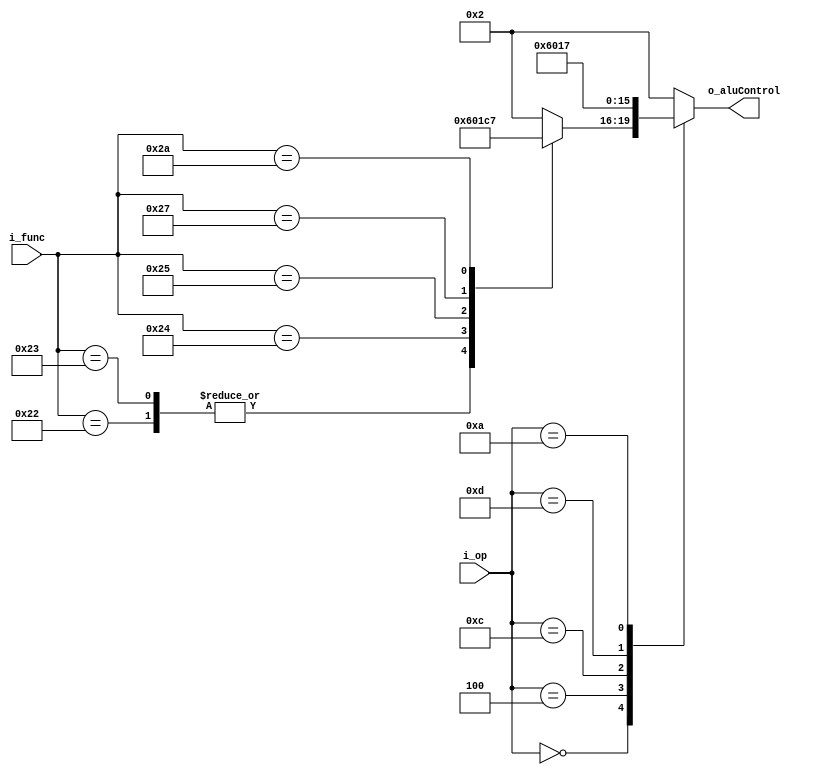
module alu_control(i_op, i_func, o_aluControl);
 
input       [5:0]   i_op;
input       [5:0]   i_func;
output  reg [3:0]   o_aluControl;

localparam  R_TYPE_op = 6'b000000, ADDI_op = 6'b001000,              // opcode 
            ADDIU_op = 6'b001001, LW_op = 6'b100011,
            SW_op = 6'b101011, BEQ_op = 6'b000100, 
            J_op = 6'b000010, ANDI_op = 6'b001100,
            ORI_op = 6'b001101, SLTI_op = 6'b001010;

localparam ADD_f = 6'b100000, ADDU_f =  6'b100001,                   // instruction function
           SUB_f = 6'b100010, SUBU_f = 6'b100011,
           AND_f = 6'b100100, OR_f = 6'b100101, 
           SLT_f = 6'b101010, NOR_f = 6'b100111;

localparam AND = 4'b0000, OR = 4'b0001, ADD = 4'b0010,               // ALU control outputs
           SUB = 4'b0110, SLT = 4'b0111, NOR = 4'b1100;

always @ (*) begin
    case (i_op)
        R_TYPE_op:
            case (i_func)
                ADD_f:      o_aluControl <= ADD;
                ADDU_f:     o_aluControl <= ADD;
                SUB_f:      o_aluControl <= SUB;
                SUBU_f:     o_aluControl <= SUB;
                AND_f:      o_aluControl <= AND;
                OR_f:       o_aluControl <= OR;
                NOR_f:      o_aluControl <= NOR;
                SLT_f:      o_aluControl <= SLT;
                default:    o_aluControl <= ADD;
            endcase
        ADDI_op:    o_aluControl <= ADD;
        ADDIU_op:   o_aluControl <= ADD;
        LW_op:      o_aluControl <= ADD;
        SW_op:      o_aluControl <= ADD;
        BEQ_op:     o_aluControl <= SUB;
        ANDI_op:    o_aluControl <= AND;
        ORI_op:     o_aluControl <= OR;
        SLTI_op:    o_aluControl <= SLT;
        default:    o_aluControl <= ADD;
    endcase
end
endmodule